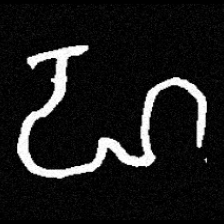
Pyu character \u2014 Myanmar letter: ဟ (romanized: ha)